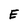
Character: E